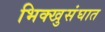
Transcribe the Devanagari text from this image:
भिक्खुसंघात